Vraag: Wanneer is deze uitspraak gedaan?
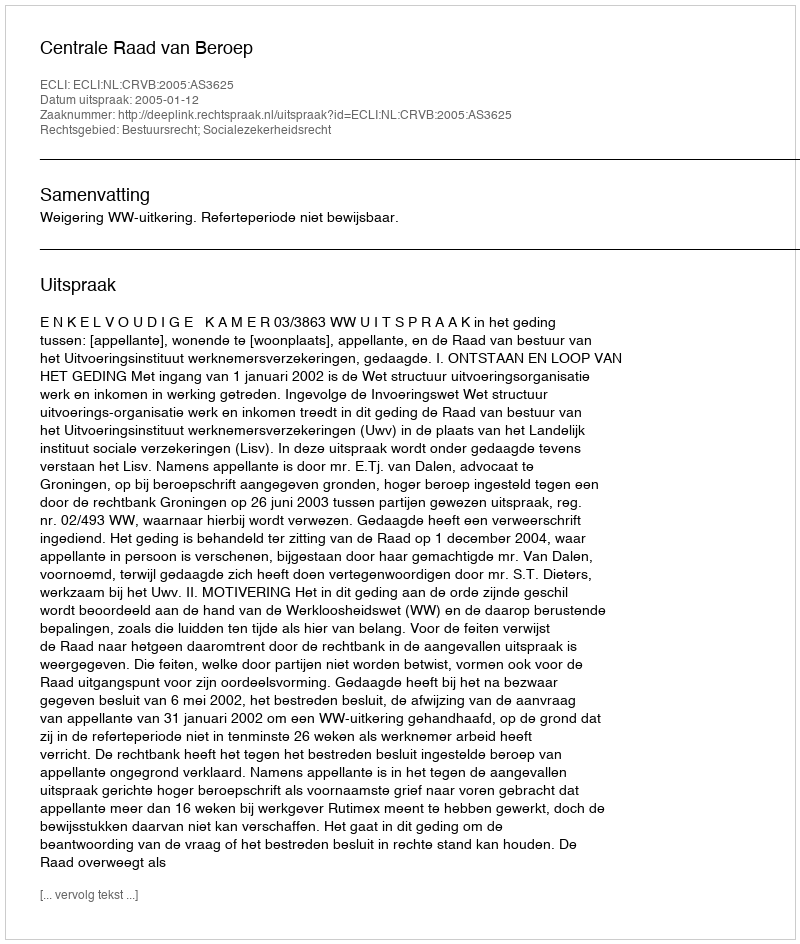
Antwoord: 2005-01-12